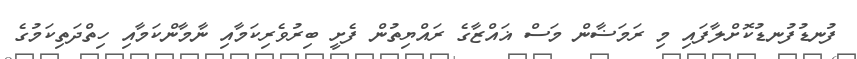
ފުނޑުފުނޑުކޮށްލާފައި މި ރަމަޟާން މަސް ޣައްޒާގެ ރައްޔިތުން ފެށީ ބިރުވެރިކަމާއި ނާމާންކަމާއި ހިތްދަތިކަމުގެ